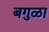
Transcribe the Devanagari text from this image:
बगुळा